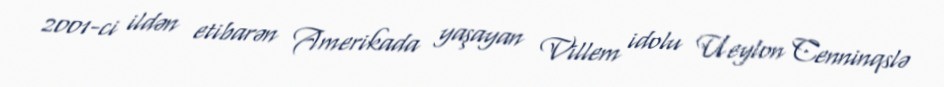
2001-ci ildən etibarən Amerikada yaşayan Villem idolu Ueylon Cenninqslə